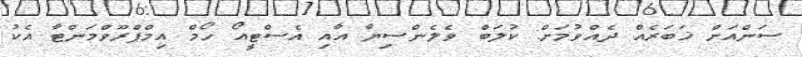
ސަންއަށް ޚަބަރެއް ދެއްވުމަށް: ކުލަބް ވެލެންސިޔާ އާއި އެސްޓީއޯ ހޯމް އިމްޕްރޫވްމަންޓާ އެކު